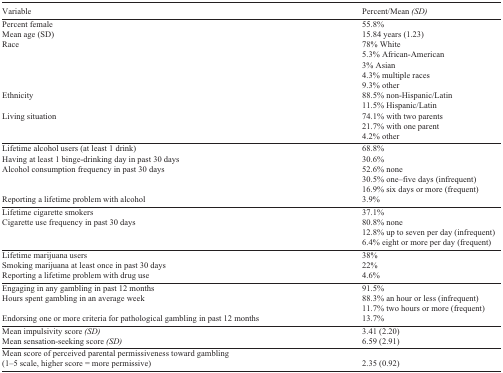
<table><thead><tr><td><b>Variable</b></td><td><b>Percent/Mean <i>(SD)</i></b></td></tr></thead><tbody><tr><td>Percent female</td><td>55.8%</td></tr><tr><td>Mean age (SD)</td><td>15.84 years (1.23)</td></tr><tr><td>Race</td><td>78% White</td></tr><tr><td></td><td>5.3% African-American</td></tr><tr><td></td><td>3% Asian</td></tr><tr><td></td><td>4.3% multiple races</td></tr><tr><td></td><td>9.3% other</td></tr><tr><td>Ethnicity</td><td>88.5% non-Hispanic/Latin</td></tr><tr><td></td><td>11.5% Hispanic/Latin</td></tr><tr><td>Living situation</td><td>74.1% with two parents</td></tr><tr><td></td><td>21.7% with one parent</td></tr><tr><td></td><td>4.2% other</td></tr><tr><td>Lifetime alcohol users (at least 1 drink)</td><td>68.8%</td></tr><tr><td>Having at least 1 binge-drinking day in past 30 days</td><td>30.6%</td></tr><tr><td>Alcohol consumption frequency in past 30 days</td><td>52.6% none</td></tr><tr><td></td><td>30.5% one–five days (infrequent)</td></tr><tr><td></td><td>16.9% six days or more (frequent)</td></tr><tr><td>Reporting a lifetime problem with alcohol</td><td>3.9%</td></tr><tr><td>Lifetime cigarette smokers</td><td>37.1%</td></tr><tr><td>Cigarette use frequency in past 30 days</td><td>80.8% none</td></tr><tr><td></td><td>12.8% up to seven per day (infrequent)</td></tr><tr><td></td><td>6.4% eight or more per day (frequent)</td></tr><tr><td>Lifetime marijuana users</td><td>38%</td></tr><tr><td>Smoking marijuana at least once in past 30 days</td><td>22%</td></tr><tr><td>Reporting a lifetime problem with drug use</td><td>4.6%</td></tr><tr><td>Engaging in any gambling in past 12 months</td><td>91.5%</td></tr><tr><td>Hours spent gambling in an average week</td><td>88.3% an hour or less (infrequent)</td></tr><tr><td></td><td>11.7% two hours or more (frequent)</td></tr><tr><td>Endorsing one or more criteria for pathological gambling in past 12 months</td><td>13.7%</td></tr><tr><td>Mean impulsivity score <i>(SD)</i></td><td>3.41 (2.20)</td></tr><tr><td>Mean sensation-seeking score <i>(SD)</i></td><td>6.59 (2.91)</td></tr><tr><td>Mean score of perceived parental permissiveness toward gambling (1–5 scale, higher score = more permissive)</td><td>2.35 (0.92)</td></tr></tbody></table>